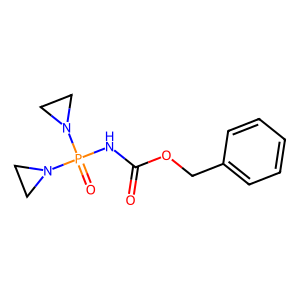
SMILES: O=C(NP(=O)(N1CC1)N1CC1)OCc1ccccc1
Inhibits HIV replication: No